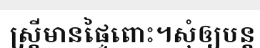
ស្ត្រីមានផ្ទៃពោះ។សុំឲ្យបន្ត